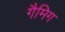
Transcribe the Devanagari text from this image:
गैमिग